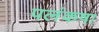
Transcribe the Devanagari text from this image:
पलंकषा